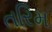
તરિમ